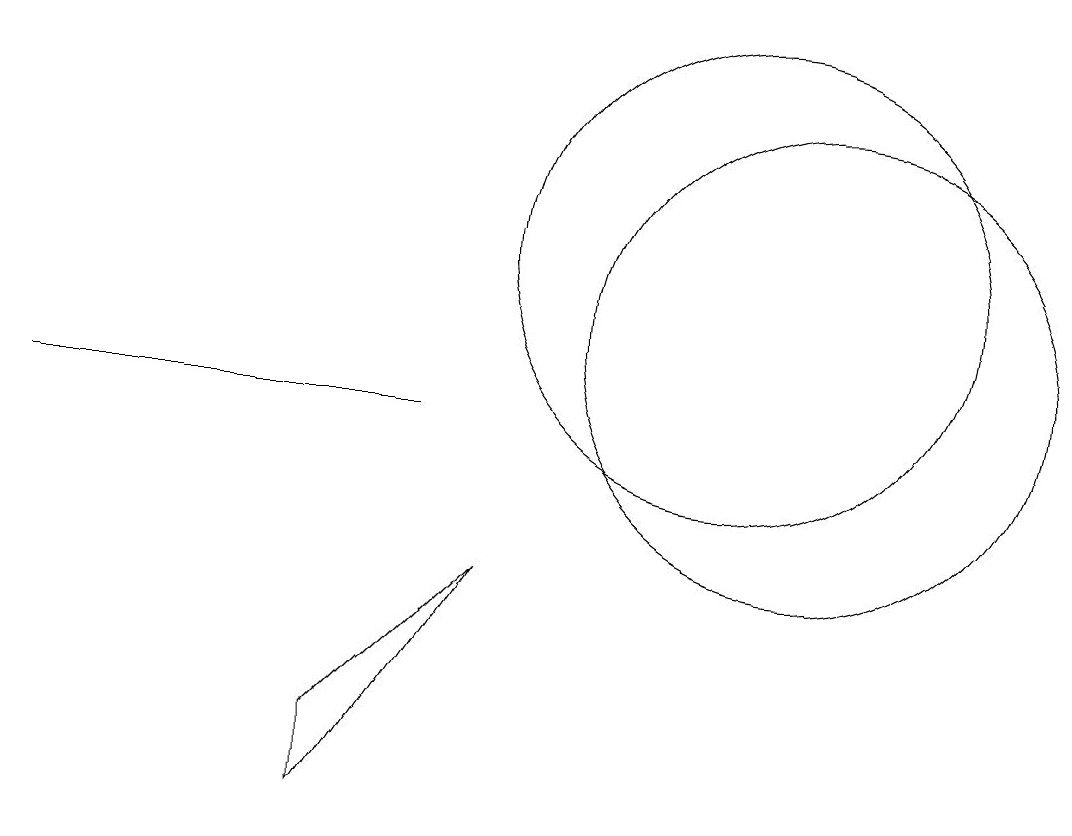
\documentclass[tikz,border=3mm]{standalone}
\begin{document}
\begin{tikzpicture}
\draw (7,10) rectangle (2,10);
\draw (11,12) circle (3);
\draw (12,11) circle (3);
\draw (6,6) -- (6,5) -- (8,8) -- cycle;
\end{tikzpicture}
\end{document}